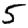
Digit: 5